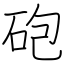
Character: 砲